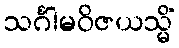
သင်္ဂါမဝိဇယသ္မိံ